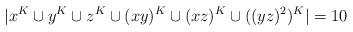
LaTeX: \begin{align*}|x^K \cup y^K \cup z^K \cup (xy)^K \cup (xz)^K \cup ((yz)^2)^K| = 10\end{align*}